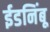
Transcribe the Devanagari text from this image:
ईडनिंबू